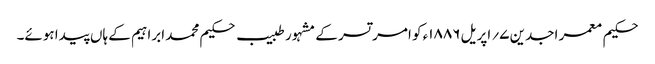
حکیم معمر اجدین ۷؍ اپریل ۱۸۸۶ء کو امر تسر کے مشہور طبیب حکیم محمد ابراہیم کے ہاں پیدا ہوئے۔